Leaving Certificate Examination, 1908
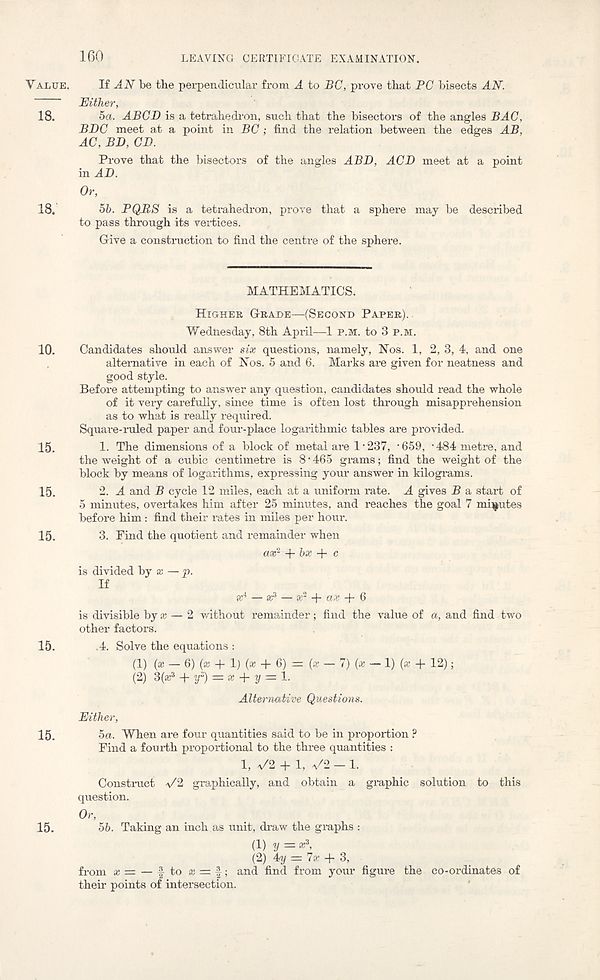
160
LEAVING CERTIFICATE EXAMINATION.
Value.
18.
18.
10.
15.
15.
15.
15.
15.
15.
If AN be the perpendicular from A to BC, prove that PC bisects AN.
Hither,
5a. ABCD is a tetrahedron, such that the bisectors of the angles BAG,
BBC meet at a point in BC ; find the relation between the edges AB,
AC, BD, CD.
Prove that the bisectors of the angles ABB, ACB meet at a point
in AB.
Or,
5b. PQBS is a tetrahedron, prove that a sphere may be described
to pass through its vertices.
Give a construction to find the centre of the sphere.
MATHEMATICS.
Higher Grade—(Second Paper)..
Wednesday, 8th April—1 p.m. to 3 p.m.
Candidates should answer six questions, namely, Nos. 1, 2, 3, 4, and one
alternative in each of Nos. 5 and 6. Marks are given for neatness and
good style.
Before attempting to answer any question, candidates should read the whole
of it very carefully, since time is often lost through misapprehension
as to what is really required.
Square-ruled paper and four-place logarithmic tables are provided.
1. The dimensions of a block of metal are l - 237, '659, • 484 metre, and
the weight of a cubic centimetre is 8 • 465 grams; find the weight of the
block by means of logarithms, expressing your answer in kilograms.
2. A and B cycle 12 miles, each at a uniform rate. A gives B a start of
5 minutes, overtakes him after 25 minutes, and reaches the goal 7 minutes
before him: find their rates in miles per hour.
3. Find the quotient and remainder when
a* 2 A-hx + c
is divided by x — p.
If
x 4 — sc 3 — x 2 + ax + 6
is divisible by * — 2 v/ithout remainder; find the value of a, and find two
other factors.
.4. Solve the equations :
(1) (x - Q) (x + 1) (a + 6) = (* - 7) (x -!)(* + 12);
(2) 3(a; 3 + yZ) = x + y = l.
Alternative Questions.
Either,
5a. When are four quantities said to be in proportion ?
Find a fourth proportional to the three quantities :
1, \/2 + 1, \/2 — 1.
Construct a/2 graphically, and obtain a graphic solution to this
question.
Or, 5b. Taking an inch as unit, draw the graphs :
(1) y = sc 3 ,
(2) 4y == 7a- + 3,
from x — — f to * = f; and find from your figure the co-ordinates of
their points of intersection.